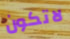
لاتكون